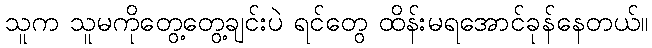
သူက သူမကိုတွေ့တွေ့ချင်းပဲ ရင်တွေ ထိန်းမရအောင်ခုန်နေတယ်။